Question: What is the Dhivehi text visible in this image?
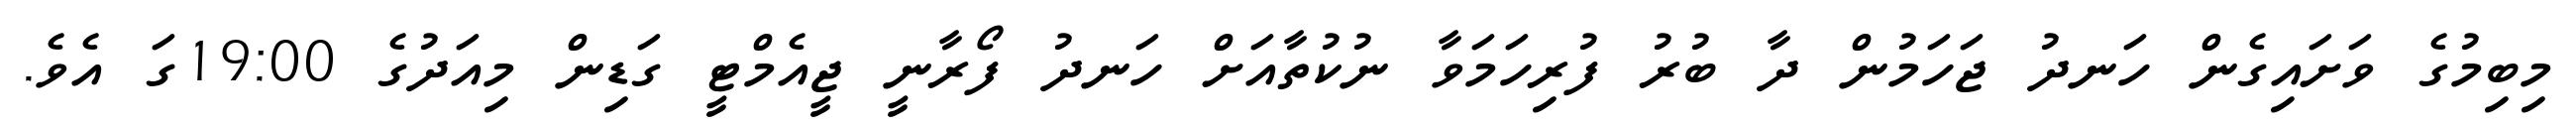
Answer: މިބިމުގެ ވަށައިގެން ހަނދު ޖަހަމުން ދާ ބުރު ފުރިހަމަވާ ނުކުތާއަށް ހަނދު ފޯރާނީ ޖީއެމްޓީ ގަޑިން މިއަދުގެ 19:00ގަ އެވެ.